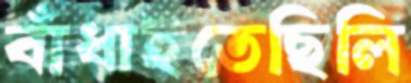
বাঁধাইতেছিলি